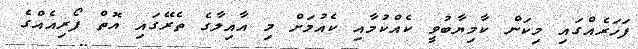
ފަހަރެއްގައި މިކަން ކާމިޔާބުވީ ކެއްކުމާއި ކެއުމަށް މި އާއިލާގެ ތެރޭގައި އޮތް ފޯރިއެއްގެ